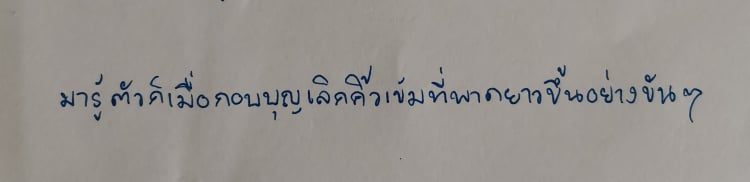
มารู้ตัวก็เมื่อกอบบุญเลิกคิ้วเข้มที่พาดยาวขึ้นอย่างขันๆ